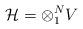
LaTeX: \begin{align*}{\cal H} = \otimes _1^N V \end{align*}